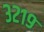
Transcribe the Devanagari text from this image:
३२१९